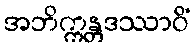
အဘိက္ကန္တဒဿာဝိံ